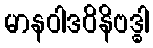
မာနဝါဒဝိနိဗဒ္ဓါ